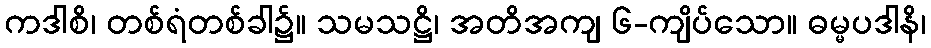
ကဒါစိ၊ တစ်ရံတစ်ခါ၌။ သမသဋ္ဌိ၊ အတိအကျ ၆-ကျိပ်သော။ ဓမ္မပဒါနိ၊